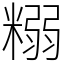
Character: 糑